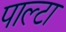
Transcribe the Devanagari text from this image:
पाल्टा